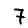
Digit: 7